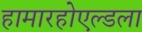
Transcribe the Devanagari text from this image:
हामारहोएल्डला